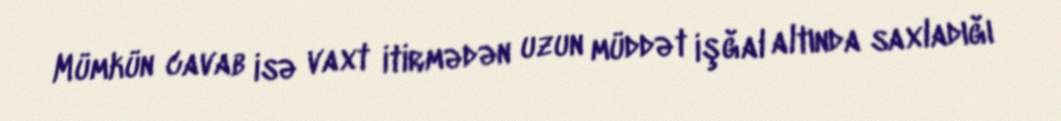
Mümkün cavab isə vaxt itirmədən uzun müddət işğal altında saxladığı